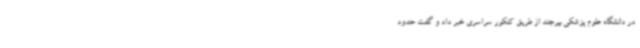
در دانشگاه علوم پزشکی بیرجند از طریق کنکور سراسری خبر داد و گفت حدود